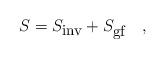
LaTeX: \begin{align*} S = S_{\mbox{\small inv}} + S_{\mbox{\small gf}} \quad ,\end{align*}